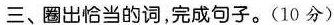
三、圈出恰当的词，完成句子。(10分)